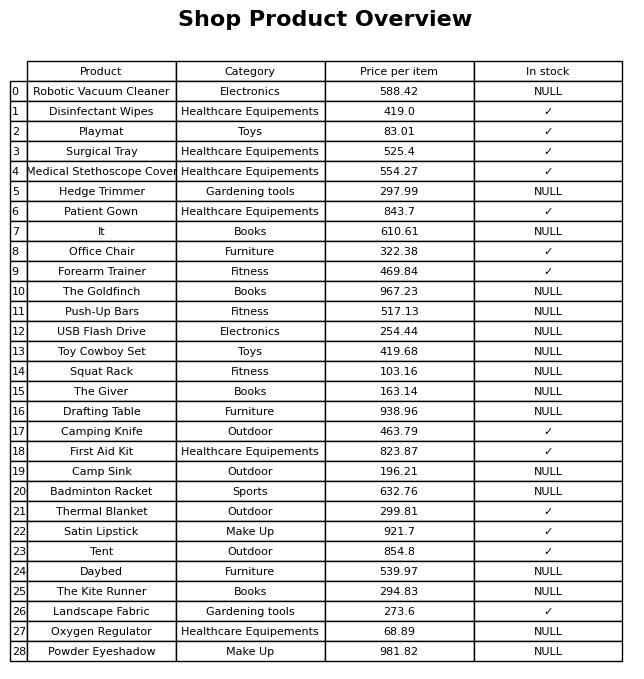
question: What is the price of the Medical Stethoscope Cover?
answer: The price of Medical Stethoscope Cover is 554.27.